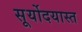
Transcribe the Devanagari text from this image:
सूर्योदयास्त